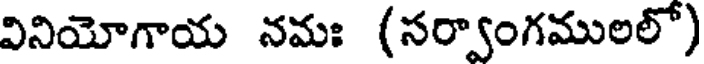
వినియోగాయ నమః (సర్వాంగములలో)